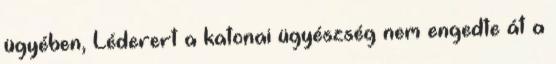
ügyében, Léderert a katonai ügyészség nem engedte át a